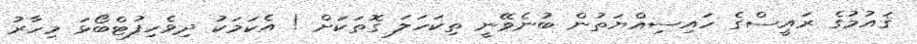
ޤައުމުގެ ރައީސްގެ ހައިސިއްޔަތުން ބުނެވޭނީ ތިކަހަލަ ގޮތަކަށް ! އެކަމަކު ދިވެހިފުޓްބޯޅަ މިހާރު